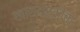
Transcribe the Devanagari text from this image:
खासदारकीचा